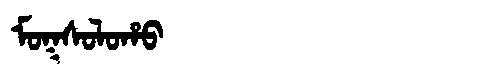
Manchu: ᠮᠣᡴᠰᠣᠯᠣᡥᠣ
Romanization: MOKSOLOHO